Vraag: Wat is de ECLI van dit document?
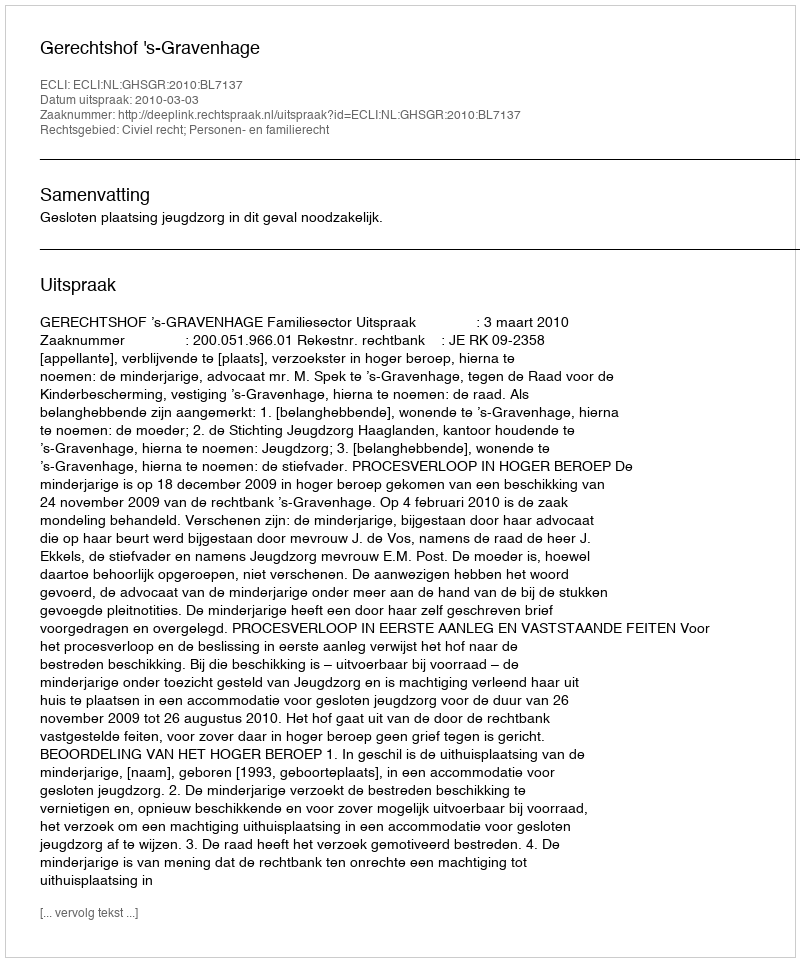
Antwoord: ECLI:NL:GHSGR:2010:BL7137